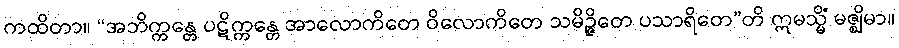
ကထိတာ။ “အဘိက္ကန္တေ ပဋိက္ကန္တေ အာလောကိတေ ဝိလောကိတေ သမိဉ္ဇိတေ ပသာရိတေ”တိ ဣမသ္မိံ မဇ္ဈိမာ။